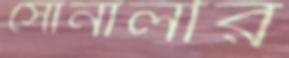
সোনালীর